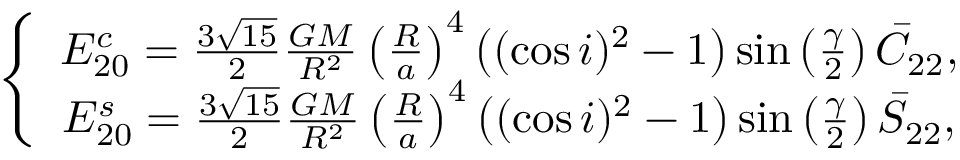
\left\{ \begin{array} { c } { E _ { 2 0 } ^ { c } = \frac { 3 \sqrt { 1 5 } } { 2 } \frac { G M } { R ^ { 2 } } \left( \frac { R } { a } \right) ^ { 4 } \left( ( \cos i ) ^ { 2 } - 1 \right) \sin \left( \frac { \gamma } { 2 } \right) \bar { C } _ { 2 2 } , } \\ { E _ { 2 0 } ^ { s } = \frac { 3 \sqrt { 1 5 } } { 2 } \frac { G M } { R ^ { 2 } } \left( \frac { R } { a } \right) ^ { 4 } \left( ( \cos i ) ^ { 2 } - 1 \right) \sin \left( \frac { \gamma } { 2 } \right) \bar { S } _ { 2 2 } , } \end{array} \right.